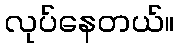
လုပ်နေတယ်။